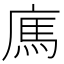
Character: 𢉿